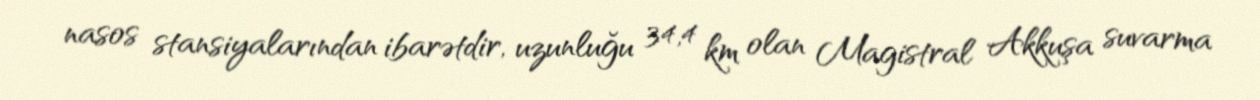
nasos stansiyalarından ibarətdir, uzunluğu 34,4 km olan Magistral Akkuşa suvarma